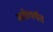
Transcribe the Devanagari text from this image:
कळेपर्यंत